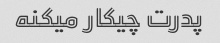
پدرت چیکار میکنه